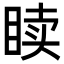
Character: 𬑙